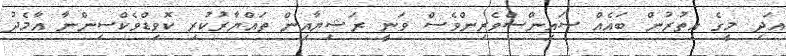
އަދި މީގެ އިތުރުން ބައެއް ސައިންސްވެރިންވެސް ވަނީ ރަޝިޔާއިން ތައްޔާރުކުރި ކޮވިޑްވެކްސިންނާ އާމެދު